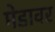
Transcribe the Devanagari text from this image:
मेडावर